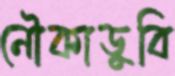
নৌকাডুবি